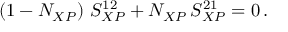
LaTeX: \left( 1 - N _ { X P } \right) \, S _ { X P } ^ { 1 2 } + N _ { X P } \, S _ { X P } ^ { 2 1 } = 0 \, .